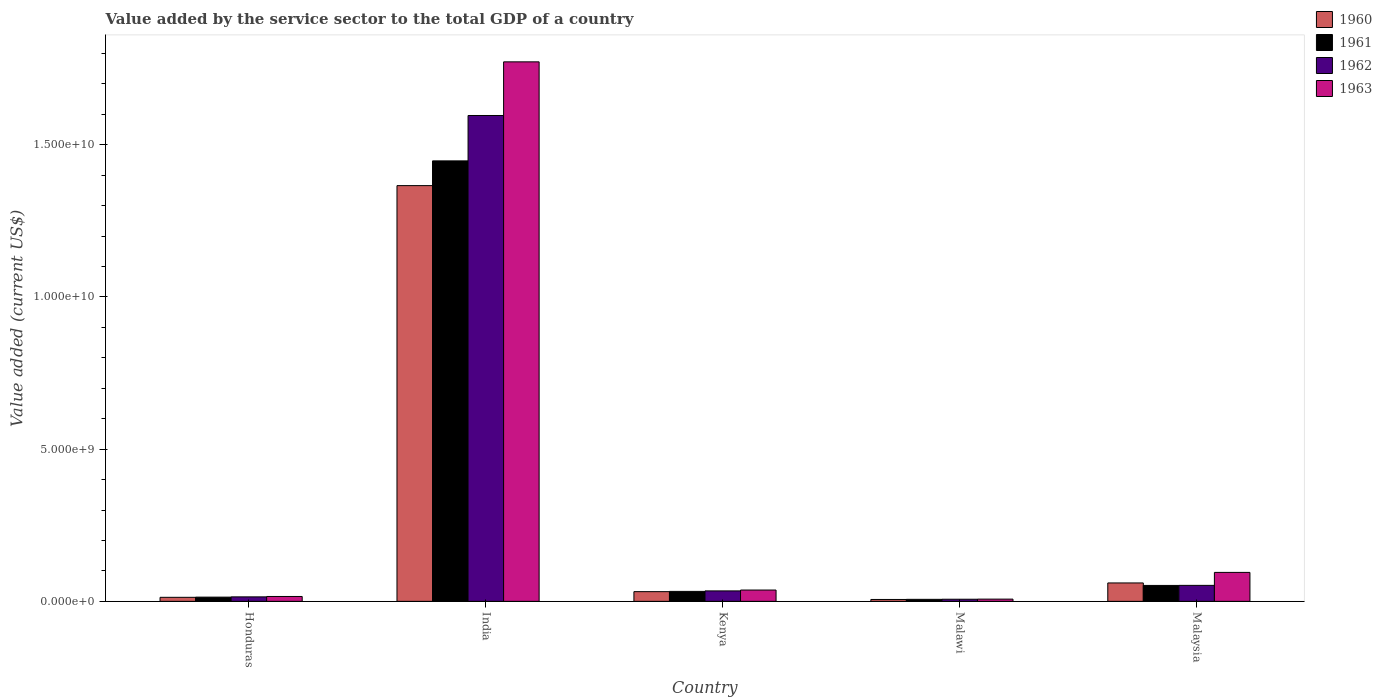
| Country | 1960 | 1961 | 1962 | 1963 |
 | --- | --- | --- | --- | --- |
 | Honduras | 1.33e+08 | 1.39e+08 | 1.48e+08 | 1.6e+08 |
 | India | 1.37e+10 | 1.45e+10 | 1.6e+10 | 1.77e+10 |
 | Kenya | 3.19e+08 | 3.28e+08 | 3.43e+08 | 3.72e+08 |
 | Malawi | 6.24e+07 | 6.62e+07 | 7.01e+07 | 7.35e+07 |
 | Malaysia | 6.05e+08 | 5.23e+08 | 5.25e+08 | 9.51e+08 |